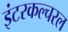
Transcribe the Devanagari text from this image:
इंटरकल्चरल